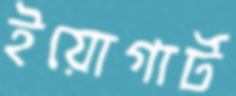
ইয়োগার্ট